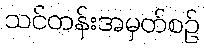
သင်တန်းအမှတ်စဉ်